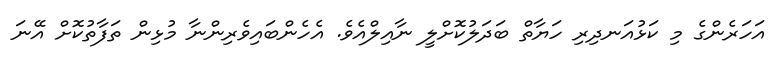
އަހަރެންގެ މި ކަޅުއަނދިރި ހަޔާތް ބަދަލުކޮށްލީ ނާއިލްއެވެ. އެހެންބައިވެރިންނާ މުޅިން ތަފާތުކޮށް އޭނަ